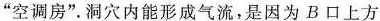
”空调房”。洞穴内能形成气流，是因为B口上方